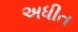
અધીત